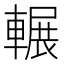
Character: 輾